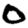
Digit: 0